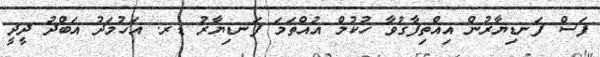
ފަސް ފަނޑިޔާރުން އިއްތިފާގުވާ ހުކުމް އުއްތަމަ ފަނޑިޔާރު ޑރ. އަހުމަދު އަބްދު ދީދީ